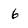
Character: 6